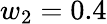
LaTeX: w_{2}=0.4